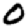
Digit: 0